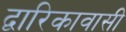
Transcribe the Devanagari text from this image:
द्वारिकावासी